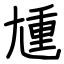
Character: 尰